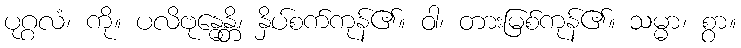
ပုဂ္ဂလံ၊ ကို။ ပလိဗုန္ဓေန္တိ၊ နှိပ်စက်ကုန်၏။ ဝါ၊ တားမြစ်ကုန်၏။ သမ္မာ၊ စွာ။